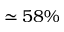
\simeq 5 8 \%